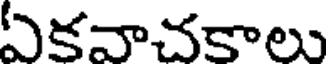
ఏకవాచకాలు